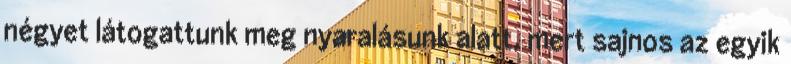
négyet látogattunk meg nyaralásunk alatt, mert sajnos az egyik